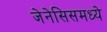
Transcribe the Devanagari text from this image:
जेनेसिसमध्ये